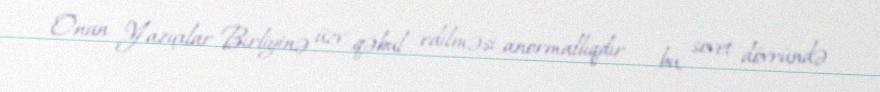
Onun Yazıçılar Birliyinə üzv qəbul edilməsi anormallıqdır – bu, sovet dövründə